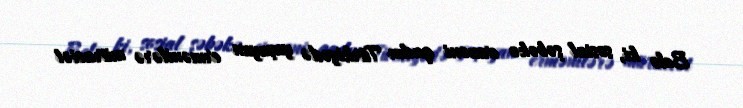
Belə ki, sosial şəbəkə erməni qadın Türkiyədə yaşayan ermənilərə müraciət